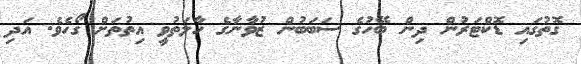
ގޮތުގައި ޑޮކްޓަރުން ދިން ބޭހުގެ ސަބަބުން ޒުވާނާގެ ހާލަތުވީ އިތުތަށް ގޯހެވެ. އަދި